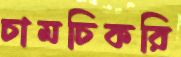
চামচিকরি